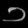
Digit: ၁